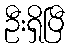
ဦးရှိပြီ